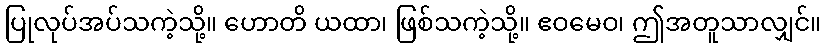
ပြုလုပ်အပ်သကဲ့သို့။ ဟောတိ ယထာ၊ ဖြစ်သကဲ့သို့။ ဧဝမေဝ၊ ဤအတူသာလျှင်။